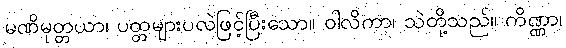
မဏိမုတ္တယာ၊ ပတ္တများပလဲဖြင့်ပြီးသော။ ဝါလိကာ၊ သဲတို့သည်။ ကိဏ္ဏာ၊